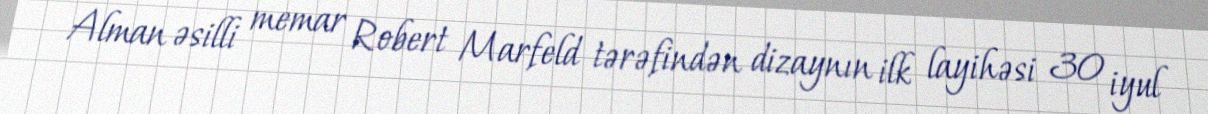
Alman əsilli memar Robert Marfeld tərəfindən dizaynın ilk layihəsi 30 iyul